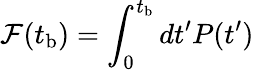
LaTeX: \mathcal{F}(t_{\mathrm{b}})=\int_{0}^{t_{\mathrm{b}}}dt^{\prime}P(t^{\prime})